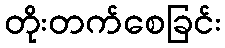
တိုးတက်စေခြင်း